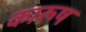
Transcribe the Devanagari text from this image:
कारूष